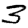
Digit: 3